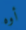
أوه